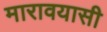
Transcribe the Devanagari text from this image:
मारावयासी